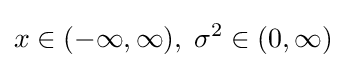
x\in (-\infty ,\infty )\,\!,\;\sigma ^{2}\in (0,\infty )